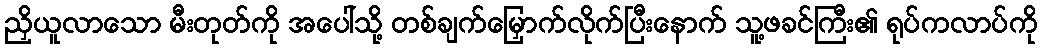
ညှိယူလာသော မီးတုတ်ကို အပေါ်သို့ တစ်ချက်မြှောက်လိုက်ပြီးနောက် သူ့ဖခင်ကြီး၏ ရုပ်ကလာပ်ကို